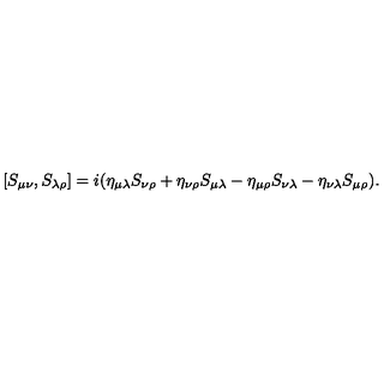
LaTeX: [ S _ { \mu \nu } , S _ { \lambda \rho } ] = i ( \eta _ { \mu \lambda } S _ { \nu \rho } + \eta _ { \nu \rho } S _ { \mu \lambda } - \eta _ { \mu \rho } S _ { \nu \lambda } - \eta _ { \nu \lambda } S _ { \mu \rho } ) .